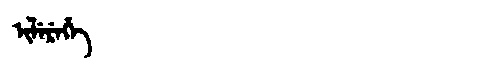
Manchu: ᡳᠯᡝᡵᡝᡥᡝ
Romanization: ILEREHE